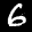
Label: 6